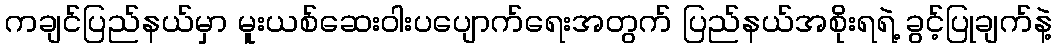
ကချင်ပြည်နယ်မှာ မူးယစ်ဆေးဝါးပပျောက်ရေးအတွက် ပြည်နယ်အစိုးရရဲ့ ခွင့်ပြုချက်နဲ့